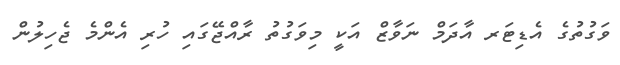
ވަގުތުގެ އެޑިޓަރ އާދަމް ނަވާޒް އަކީ މިވަގުތު ރާއްޖޭގައި ހުރި އެންމެ ޖެހިލުން